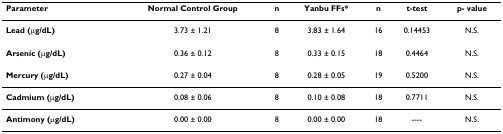
<table><thead><tr><td><b>Parameter</b></td><td><b>Normal Control Group</b></td><td><b>n</b></td><td><b>Yanbu FFs*</b></td><td><b>n</b></td><td><b>t-test</b></td><td><b>p- value</b></td></tr></thead><tbody><tr><td><b>Lead (μg/dL) </b></td><td>3.73 ± 1.21</td><td>8</td><td>3.83 ± 1.64</td><td>16</td><td>0.14453</td><td>N.S.</td></tr><tr><td><b>Arsenic (μg/dL)</b></td><td>0.36 ± 0.12</td><td>8</td><td>0.33 ± 0.15</td><td>18</td><td>0.4464</td><td>N.S.</td></tr><tr><td><b>Mercury (μg/dL)</b></td><td>0.27 ± 0.04</td><td>8</td><td>0.28 ± 0.05</td><td>19</td><td>0.5200</td><td>N.S.</td></tr><tr><td><b>Cadmium (μg/dL)</b></td><td>0.08 ± 0.06</td><td>8</td><td>0.10 ± 0.08</td><td>18</td><td>0.7711</td><td>N.S.</td></tr><tr><td><b>Antimony (μg/dL)</b></td><td>0.00 ± 0.00</td><td>8</td><td>0.00 ± 0.00</td><td>18</td><td>----</td><td>N.S.</td></tr></tbody></table>